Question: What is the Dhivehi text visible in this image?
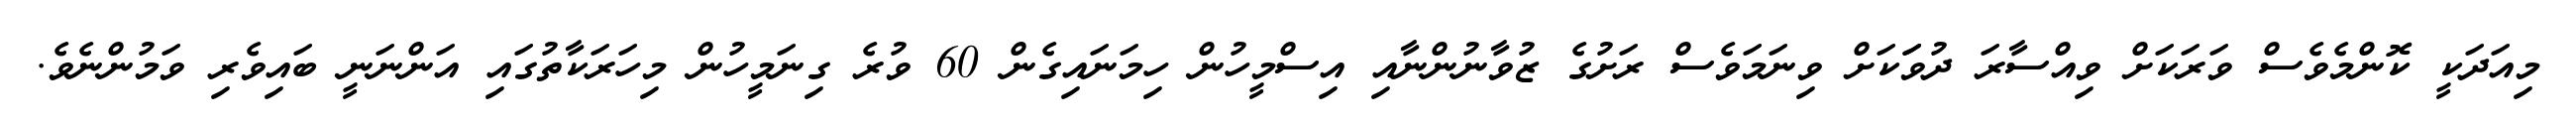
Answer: މިއަދަކީ ކޮންމެވެސް ވަރަކަށް ވިއްސާރަ ދުވަަކަށް ވިނަމަވެސް ރަށުގެ ޒުވާނުންނާއި އިސްމީހުން ހިމަނައިގެން 60 ވުރެ ގިނަމީހުން މިހަރަކާތުގައި އަންނަނީ ބައިވެރި ވަމުންނެވެ.